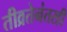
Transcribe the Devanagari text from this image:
तीव्रतेनंतरही